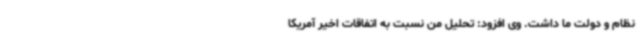
نظام و دولت ما داشت. وی افزود: تحلیل من نسبت به اتفاقات اخیر آمریکا